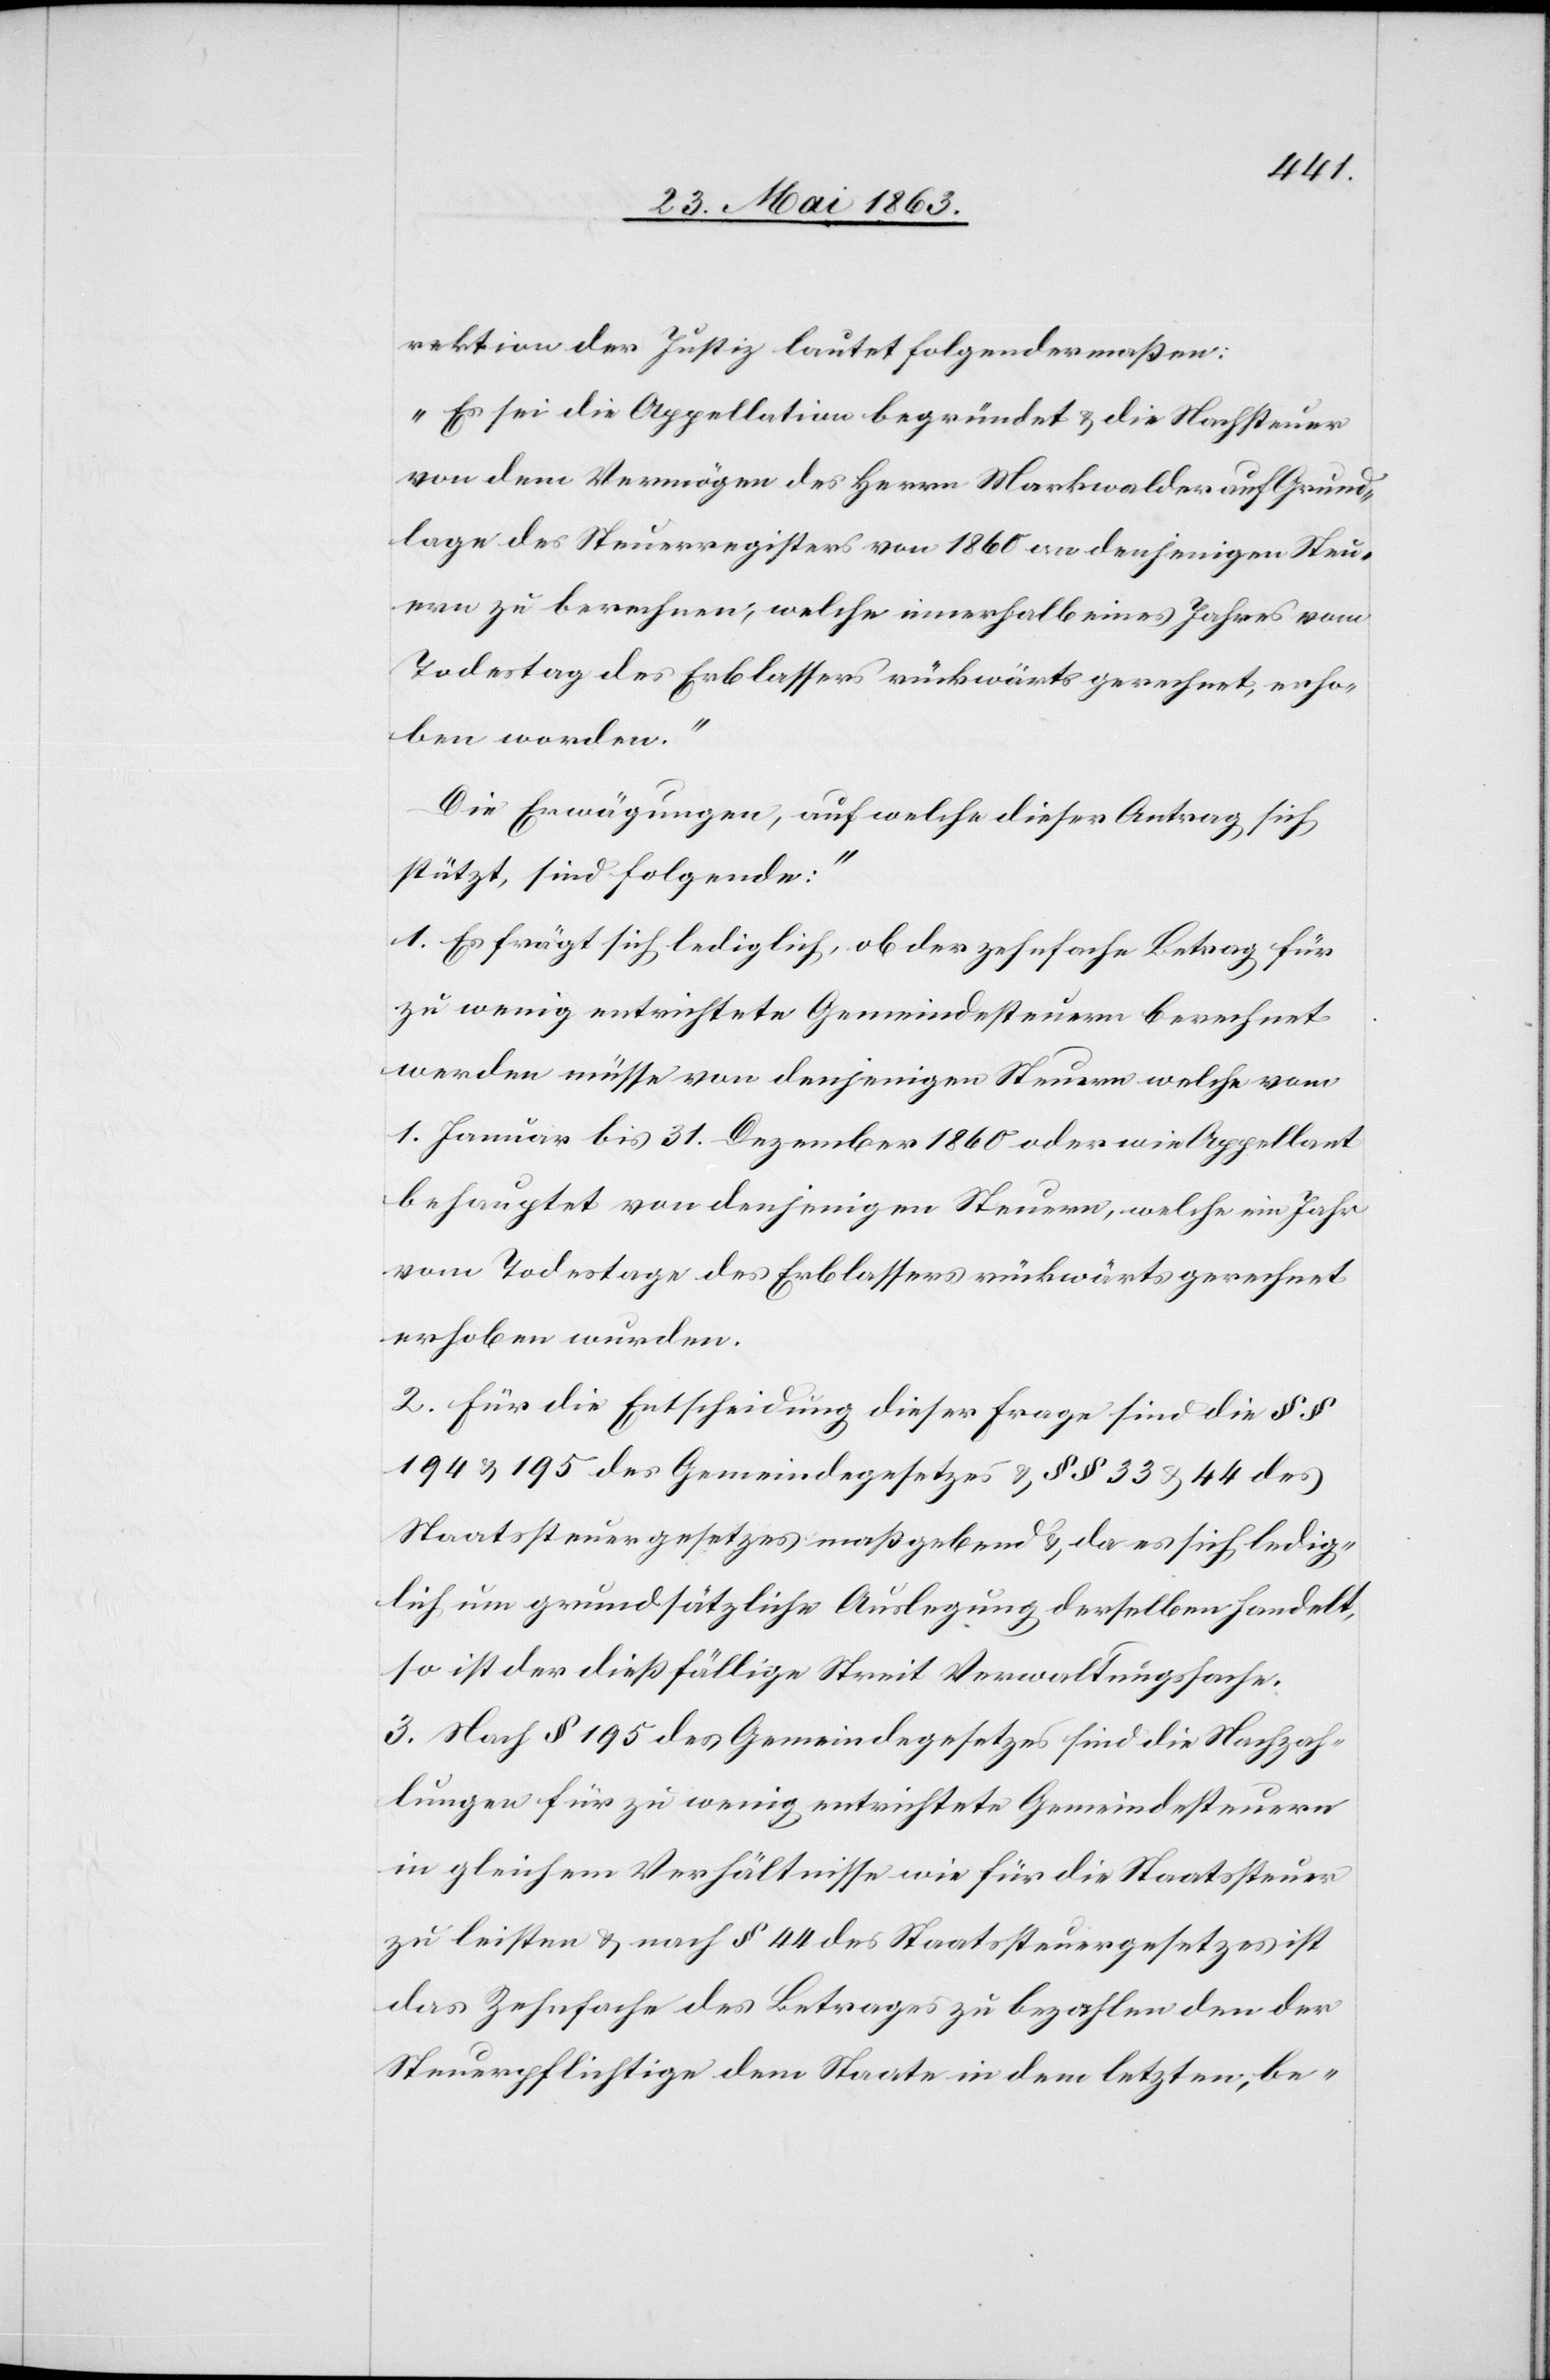
rektion der Justiz lautet folgendermaßen:
„Es sei die Appellation begründet & die Nachsteuer
von dem Vermögen des Herrn Markwalder auf Grund¬
lage des Steuerregisters von 1860 an denjenigen Steu¬
ern zu berechnen, welche innerhalb eines Jahres vom
Todestag des Erblassers rückwärts gerechnet, erho¬
ben worden.“
[„]Die Erwägungen, auf welche dieser Antrag sich
stützt, sind folgende:“
1. Es frägt sich lediglich, ob der zehnfache Betrag für
zu wenig entrichtete Gemeindesteuern berechnet
werden müsse von denjenigen Steuern welche vom
1. Januar bis 31. Dezember 1860 oder wie Appellant
behauptet von denjenigen Steuern, welche im Jahr
vom Todestage des Erblassers rückwärts gerechnet
erhoben wurden.
2. Für die Entscheidung dieser Frage sind die §§
194 & 195 des Gemeindegesetzes & §§ 33 & 44 des
Staatssteuergesetzes maßgebend & da es sich ledig¬
lich um grundsätzliche Auslegung derselben handelt,
so ist der dießfällige Streit Verwaltungssache.
3. Nach § 195 des Gemeindegesetzes sind die Nachzah¬
lungen für zu wenig entrichtete Gemeindesteuern
in gleichem Verhältnisse wie für die Staatssteuer
zu leisten & nach § 44 des Staatssteuergesetzes ist
das Zehnfache des Betrages zu bezahlen den der
Steuerpflichtige dem Staate in dem letzten, be-